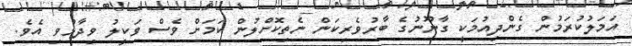
އަމަލުކުރަމުން ގެންދިއުމަކީ ގާނޫނުގެ ބާރުވެރިކަން ނެތިކޮށްލުން ކަމަށް ވެސް ވަކީލު ވިދާޅުވި އެވެ.